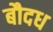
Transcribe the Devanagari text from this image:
बौदध